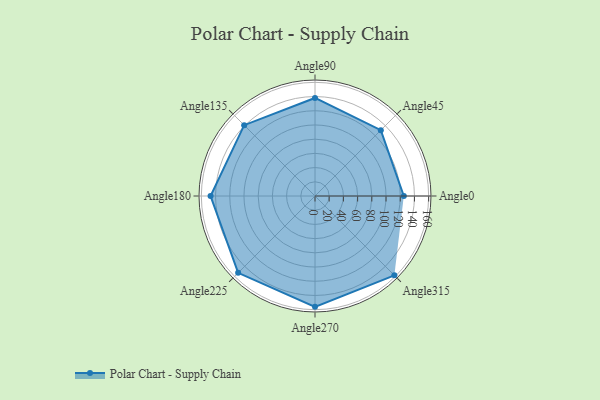
{"axis": {"x": "Angle", "y": "Radius"}, "legend": [""], "data": [{"x": "Angle0", "y": 125.0, "type": ""}, {"x": "Angle45", "y": 131.0, "type": ""}, {"x": "Angle90", "y": 138.0, "type": ""}, {"x": "Angle135", "y": 141.0, "type": ""}, {"x": "Angle180", "y": 147.0, "type": ""}, {"x": "Angle225", "y": 153.0, "type": ""}, {"x": "Angle270", "y": 156.0, "type": ""}, {"x": "Angle315", "y": 158.0, "type": ""}]}